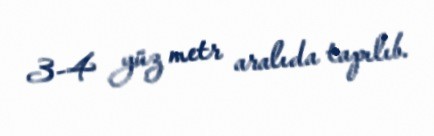
3-4 yüz metr aralıda tapılıb.